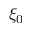
\xi _ { 0 }